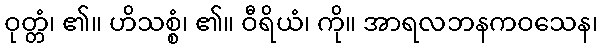
ဝုတ္တံ၊ ၏။ ဟိသစ္စံ၊ ၏။ ဝီရိယံ၊ ကို။ အာရလဘနကဝသေန၊